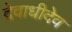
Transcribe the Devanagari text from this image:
देवाधीदेव